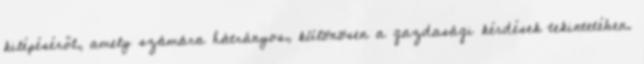
kilépéséről, amely számára hátrányos, különösen a gazdasági kérdések tekintetében.